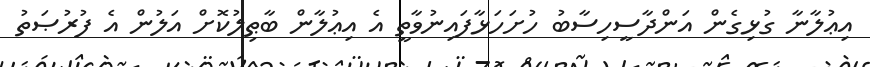
އިޢުލާނާ ގުޅިގެން އަންދާސީހިސާބު ހުށަހަޅާފައިނުވާތީ އެ އިޢުލާން ބާޠިލުކޮށް އަލުން އެ ފުރުޞަތު